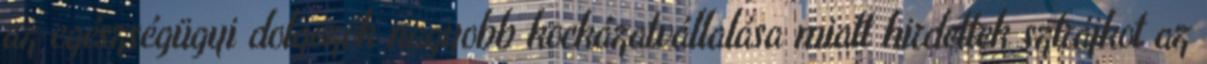
az egészségügyi dolgozók nagyobb kockázatvállalása miatt hirdettek sztrájkot az